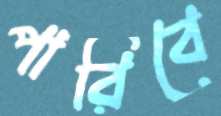
পারিবে